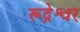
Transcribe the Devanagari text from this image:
रूद्रेश्वर